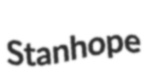
Stanhope